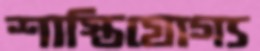
শাস্তিযোগ্য